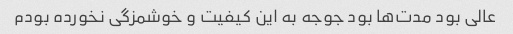
عالی بود مدت‌ها بود جوجه به این کیفیت و خوشمزگی نخورده بودم